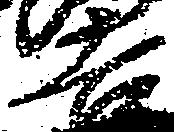
吉